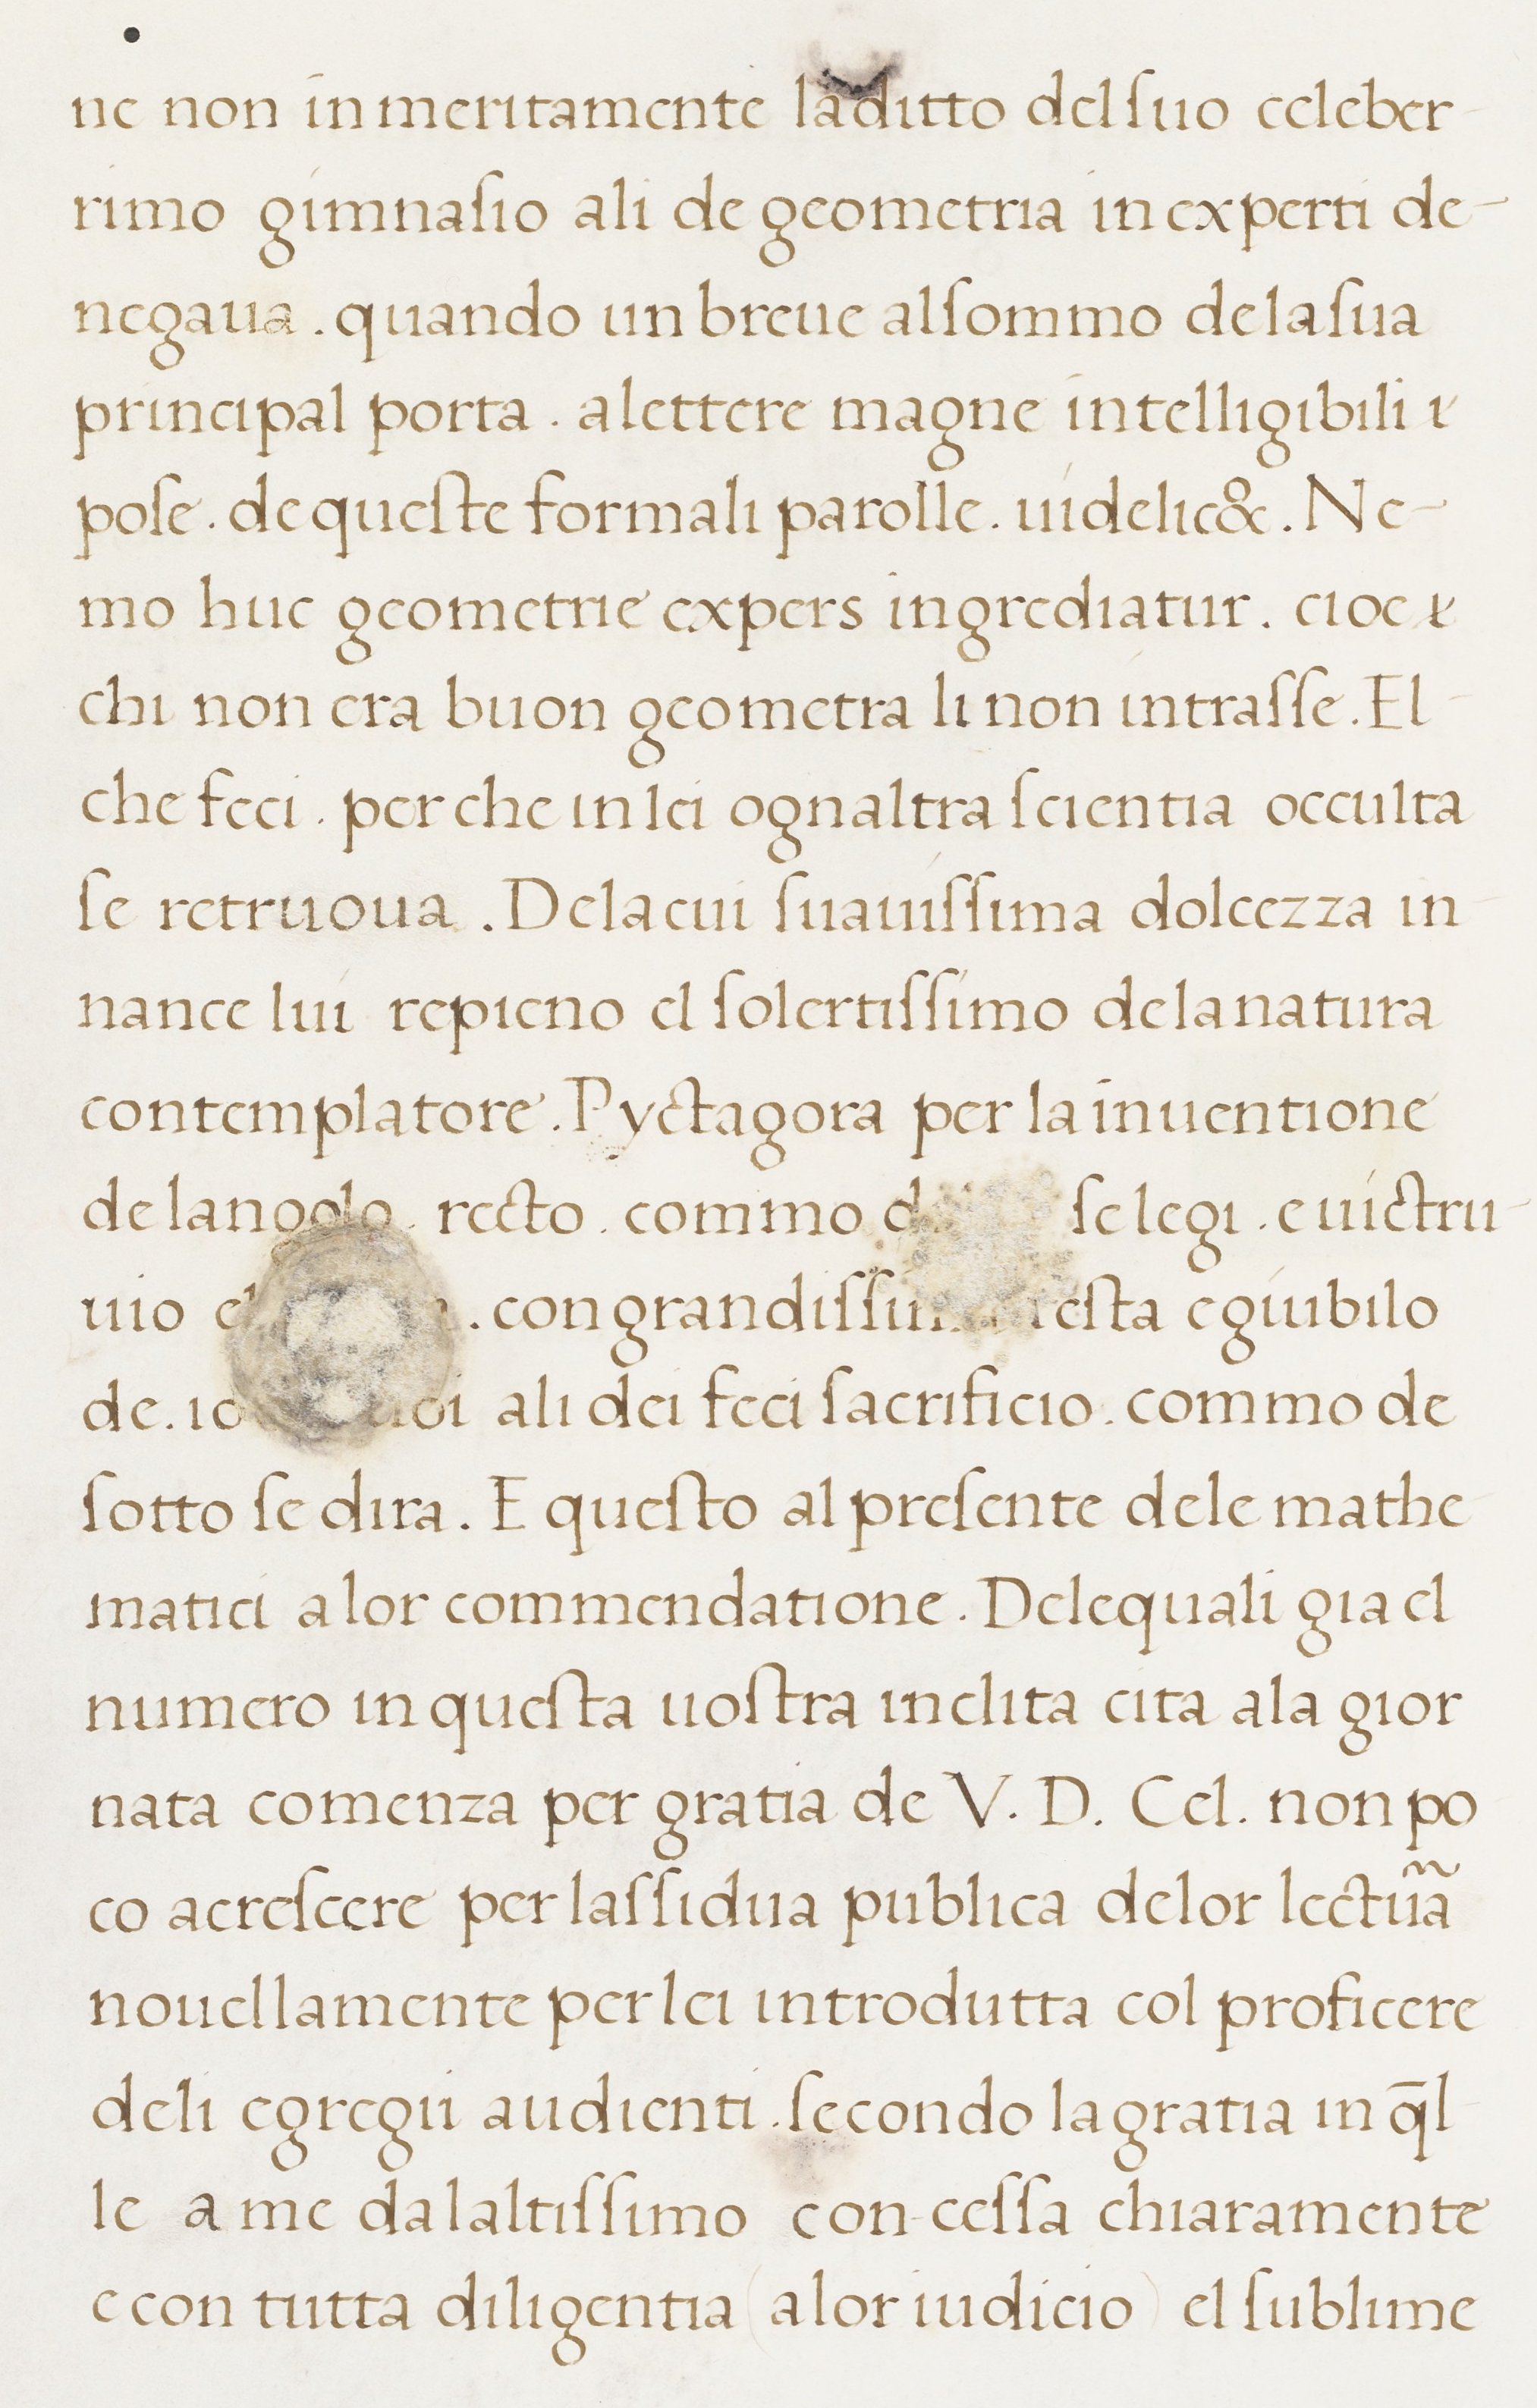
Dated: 1498–1498